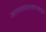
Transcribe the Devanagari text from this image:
जलव्यवस्थापनाचा